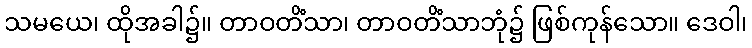
သမယေ၊ ထိုအခါ၌။ တာဝတိံသာ၊ တာဝတိံသာဘုံ၌ ဖြစ်ကုန်သော။ ဒေဝါ၊